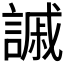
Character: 𧫳